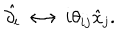
LaTeX: \hat { \partial _ { i } } \longleftrightarrow i \theta _ { i j } \hat { x } _ { j } .